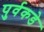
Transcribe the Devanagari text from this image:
पुर्वकडे